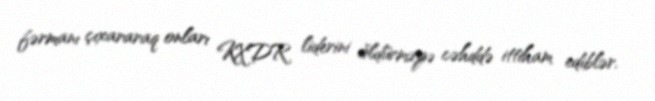
fərmanı çıxararaq onları KXDR liderini öldürməyə cəhddə ittiham ediblər.